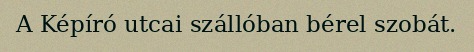
A Képíró utcai szállóban bérel szobát.